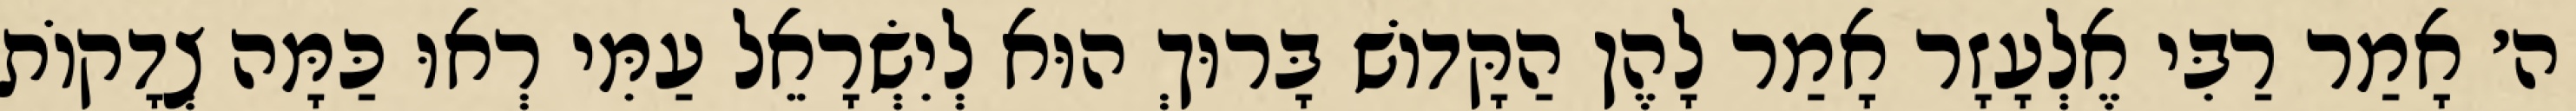
ה׳ אָמַר רַבִּי אֶלְעָזָר אָמַר לָהֶן הַקָּדוֹשׁ בָּרוּךְ הוּא לְיִשְׂרָאֵל עַמִּי רְאוּ כַּמָּה צְדָקוֹת